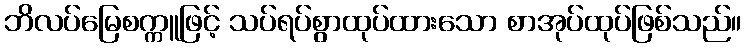
ဘိလပ်မြေစက္ကူဖြင့် သပ်ရပ်စွာထုပ်ထားသော စာအုပ်ထုပ်ဖြစ်သည်။